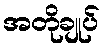
အတိုချုပ်